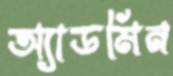
অ্যাডমিন